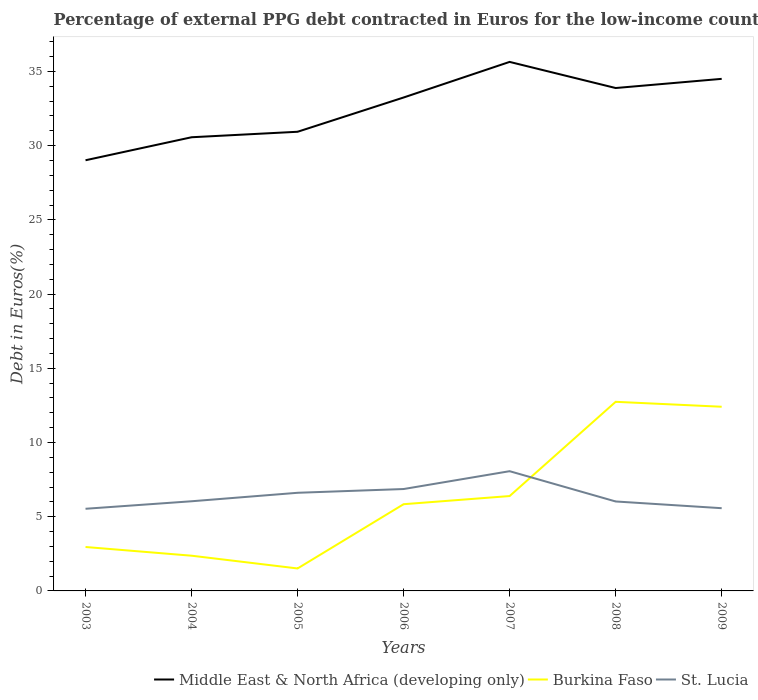
| Years | Middle East & North Africa (developing only) | Burkina Faso | St. Lucia |
 | --- | --- | --- | --- |
 | 2003 | 29 | 2.96 | 5.53 |
 | 2004 | 30.6 | 2.37 | 6.04 |
 | 2005 | 30.9 | 1.51 | 6.61 |
 | 2006 | 33.2 | 5.84 | 6.86 |
 | 2007 | 35.6 | 6.39 | 8.07 |
 | 2008 | 33.9 | 12.7 | 6.03 |
 | 2009 | 34.5 | 12.4 | 5.57 |